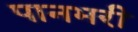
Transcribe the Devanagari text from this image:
पानभरी